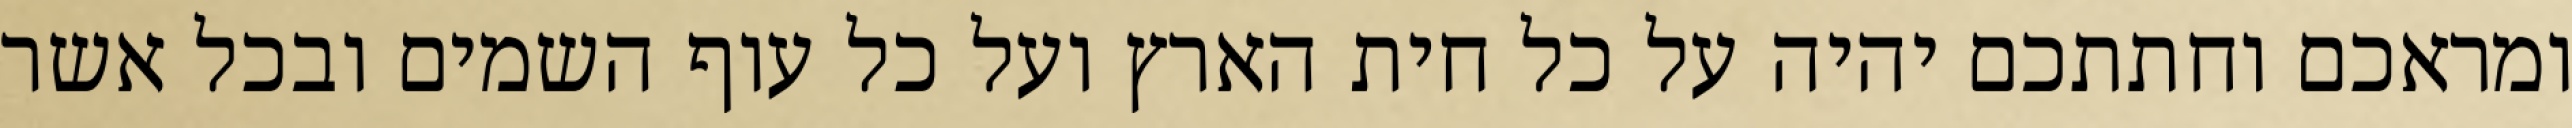
ומראכם וחתתכם יהיה על כל חית הארץ ועל כל עוף השמים ובכל אשר